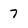
Character: 7